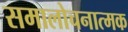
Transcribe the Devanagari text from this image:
समालोचनात्‍मक